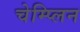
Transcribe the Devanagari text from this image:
चेम्प्लिन